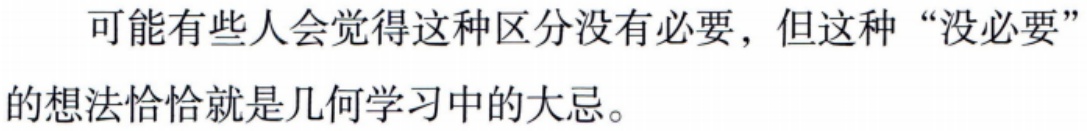
可能有些人会觉得这种区分没有必要，但这种“没必要”的想法恰恰就是几何学习中的大忌。